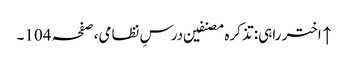
↑ اختر راہی: تذکرہ مصنفین درسِ نظامی، صفحہ 104۔